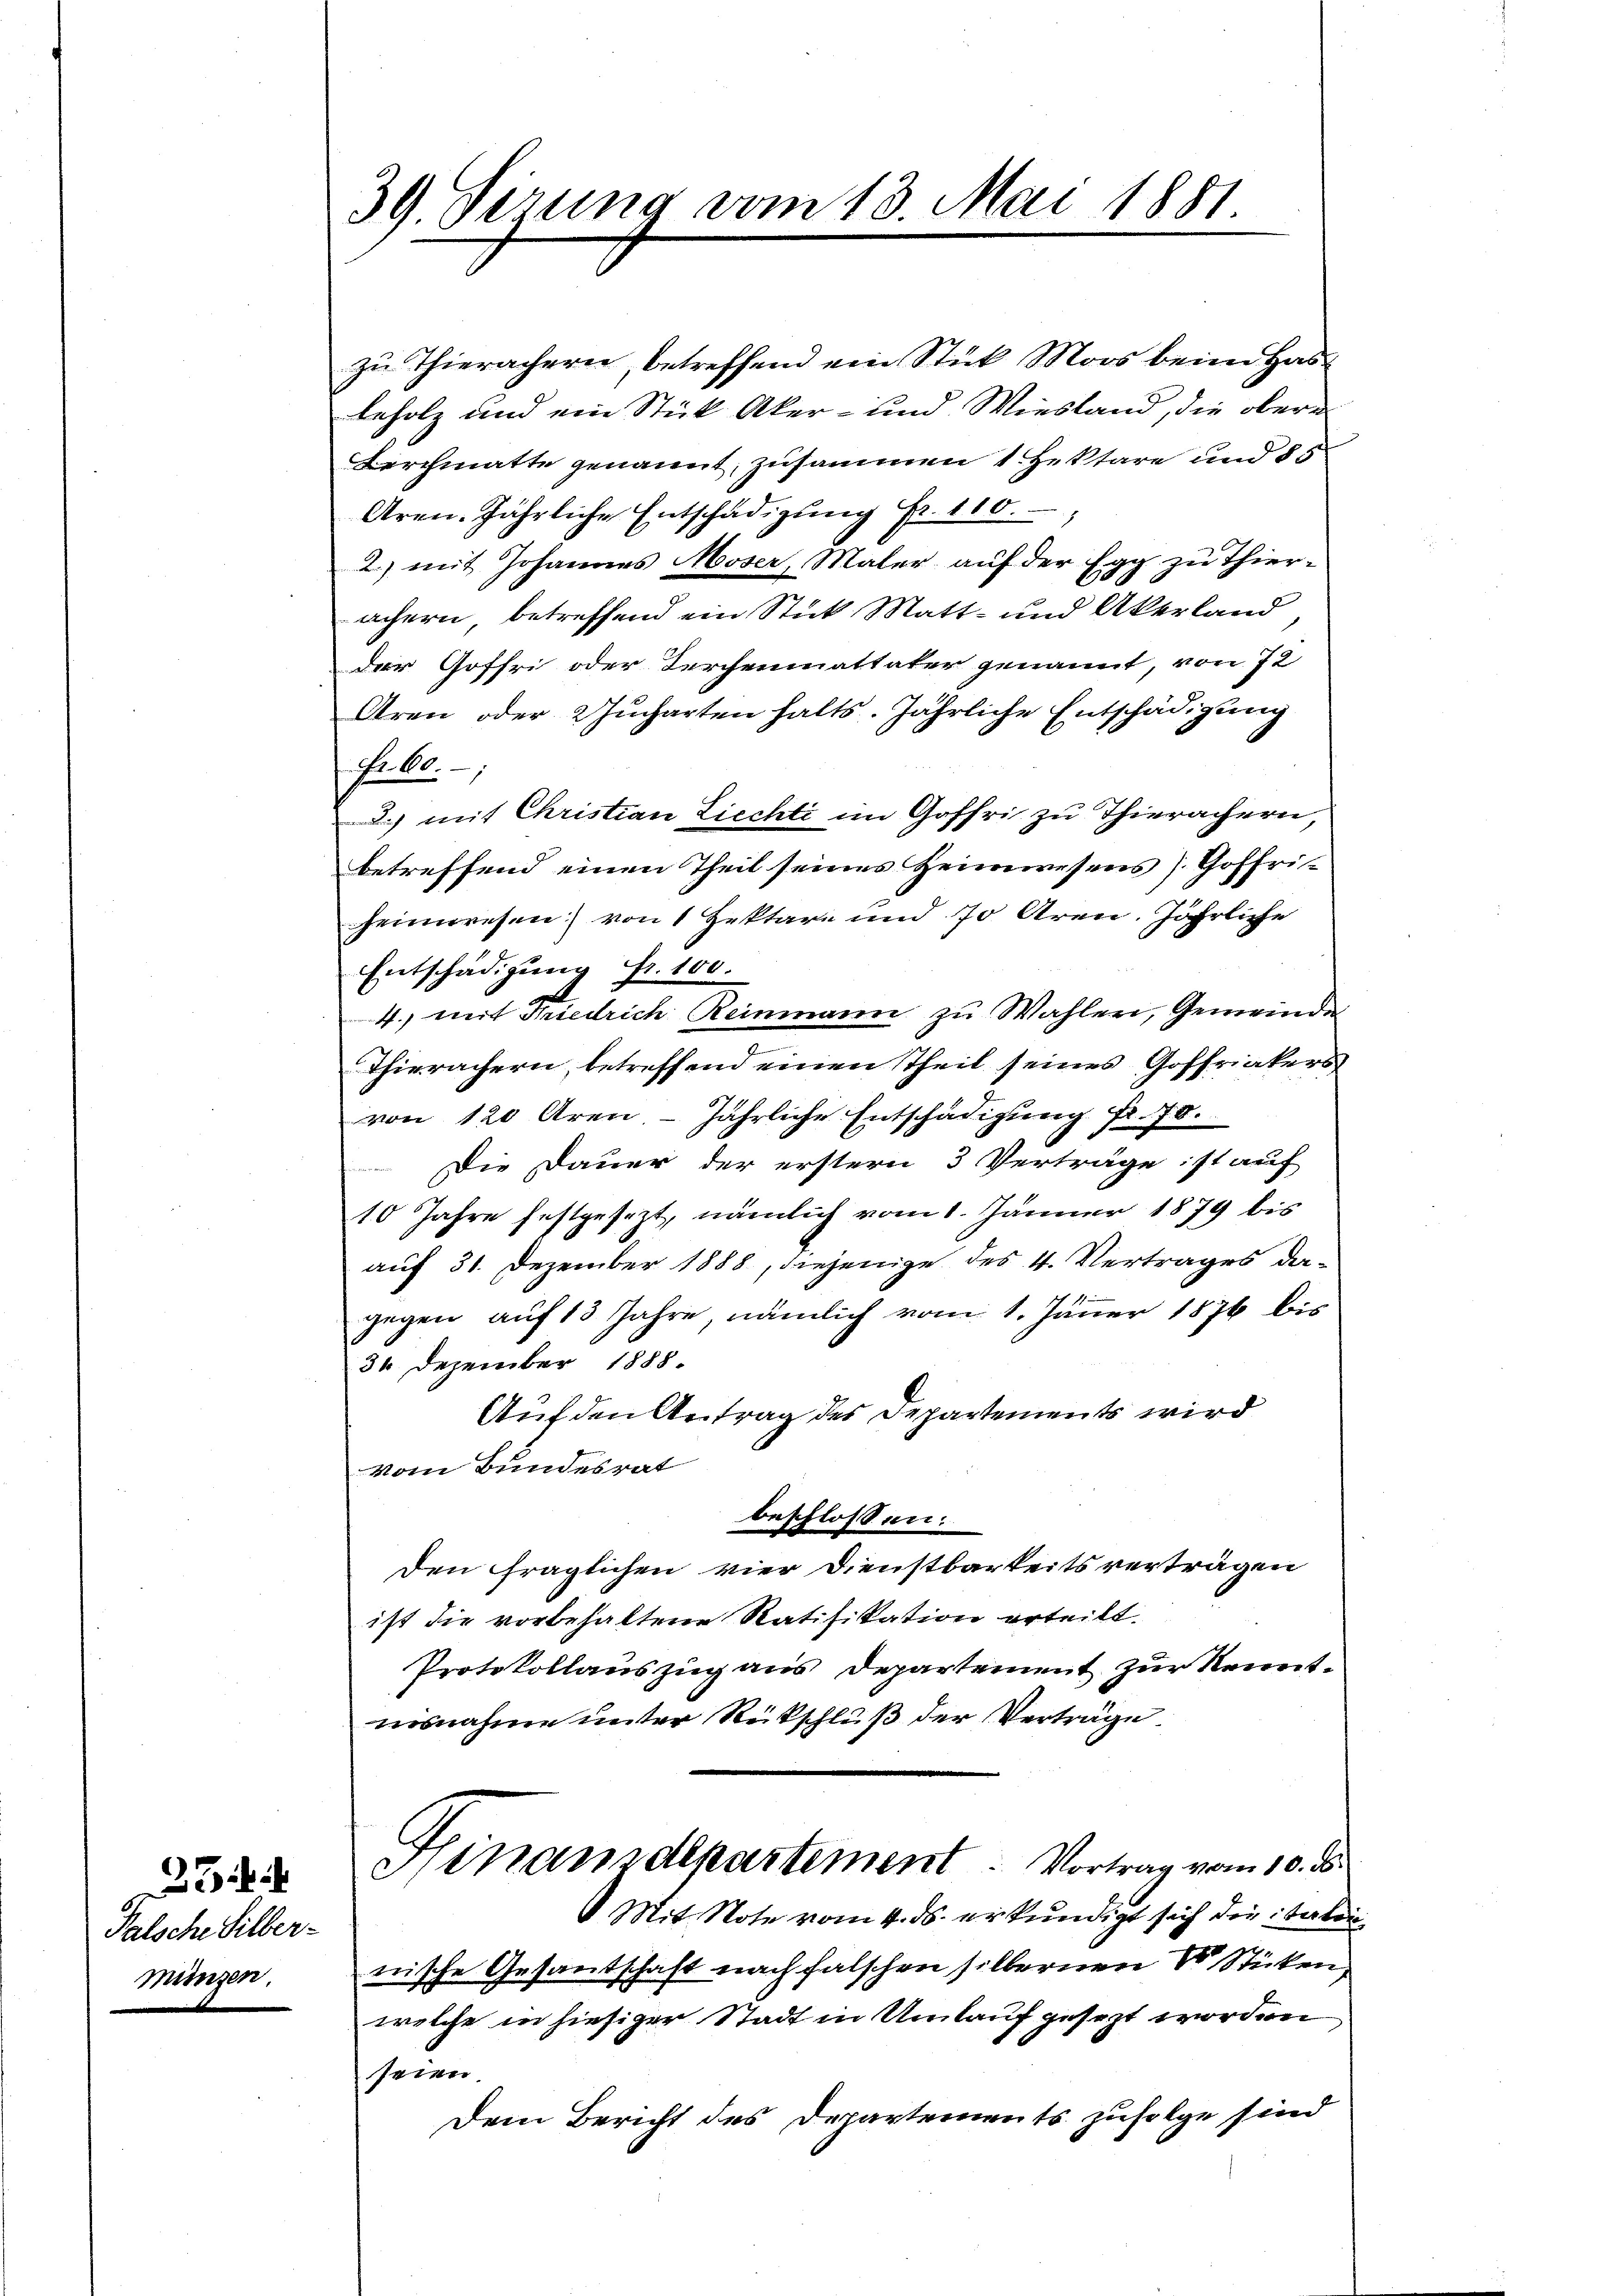
Falsche Silber-
münzen.

34.

39. Sizung vom 13. Mai 1881.

zu Thierächern, betreffend ein Stick Moos beim Hasbeholz und ein Stück Aker- und Wiesland, die obere
Berchmatte genannt, zusammen 1 Hektare und § 5
Aren jährliche Entschädigŭng Fr. 110.
2.) mit Johannes Moser, Maler auf der Egg zu Thier-
e
achern, betreffend ein Stick, Matt- und Akerland
der Goffri oder Kerchenmattater genannt, von 72
Aren oder Jucharten halts. jährliche Entschädigung
No. 6.
2.) mit Christian Liechti im Goffri zu Thierachern,
betreffend einen Theil seines Heimwesens [Goffriheimwesen) von 1 Hektare und 70 Aren. Jährliche
Entschädigung fr. 100.
4. mit Friedrich Reinmann zu Wahlen, Gemeinde
2
Thierachern, betreffend einen Theil seines Goffriakers
von 120 Aren - jährliche Entschädigung fr. 78.
 Die Dauer der erstern 3 Verträge ist auf
10 Jahre festgesezt, nämlich vom 1. Jänner 1879 bis
auf 31. Dezember 1888, diejenige des 4. Vertrages da-
gegen auf 13 Jahre, nämlich vom 1. Jänner 1876 bis
34 Dezember 1888.
Auf den Antrag des Departements wird
Vom Bundesrat
beschlossen:
den fraglichen vier Dienstbarkeits verträgen
ist die vorbehaltene Ratifikation erteilt.
Protokollauszug aus Departement zur Kenntnisnahme unter Rückschluß der Verträge
Hinanzdepartement. Vortrag vom 10. ds.
Mit Note vom 4. ds. erkundigt sich die italinnische Gesantschaft nach falschen silbernen 8 Sticken
welche in hiesiger Stadt in Umlauf gesezt worden
seien.
Dem Bericht des Departements zufolge sind